Document type: Emphyteutic lease
Year: 1295
Scribe: Pere de Noguera, prevere
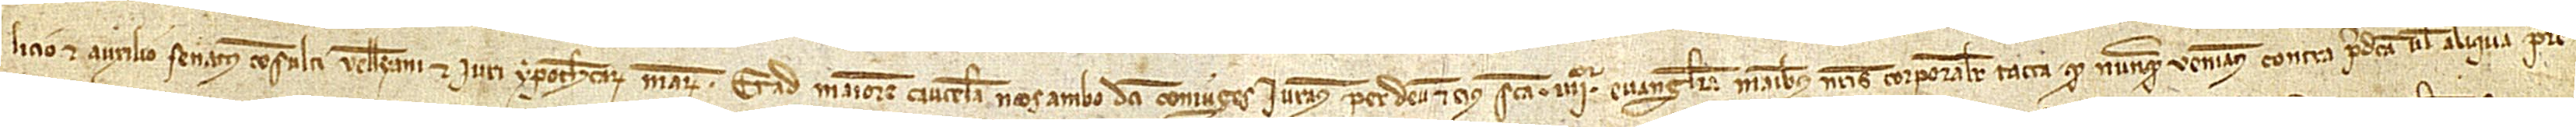
licio et auxilio senatus consulti Velleyani et iuri ypothecarum mearum. Et ad maiorem cautelam nos ambo dicti coniuges iuramus per Deum et eius sancta IIIIor Evangelia, manibus nostris corporaliter tacta, quod nunquam veniamus contra predicta vel aliqua pre-